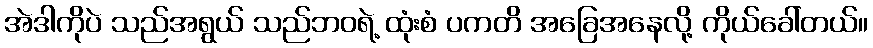
အဲဒါကိုပဲ သည်အရွယ် သည်ဘဝရဲ့ ထုံးစံ ပကတိ အခြေအနေလို့ ကိုယ်ခေါ်တယ်။